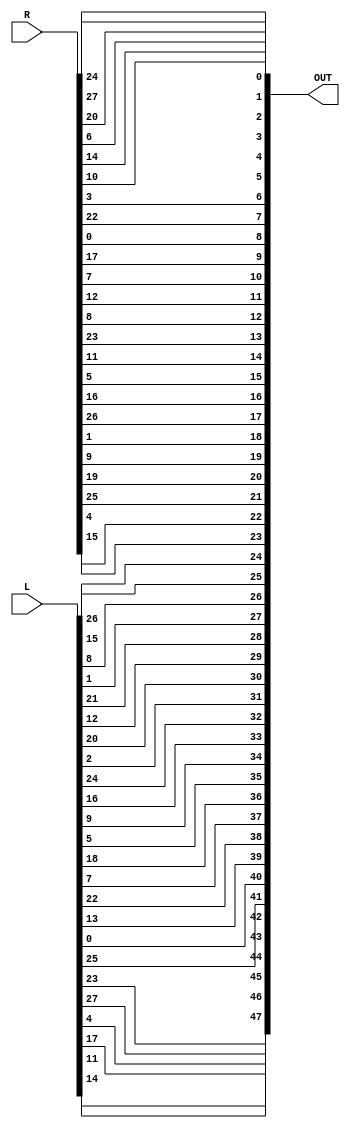
`timescale 1ns / 1ps
//////////////////////////////////////////////////////////////////////////////////
// Company: 
// Engineer: 
// 
// Design Name: 
// Module Name: Compresion_Dbox
// Project Name: 
// Target Devices: 
// Tool Versions: 
// Description: 
// 
// Dependencies: 
// 
// Revision:
// Revision 0.01 - File Created
// Additional Comments:
// 
//////////////////////////////////////////////////////////////////////////////////


module Compresion_Dbox(
    output reg [1:48] OUT,
    input [1:28] L,
    input [1:28] R
    );
    
    wire [1:56] IN = {L,R};
    
 always @(IN) 
    begin
            OUT[01] <= IN[14];
            OUT[02] <= IN[17];
            OUT[03] <= IN[11];
            OUT[04] <= IN[24];
            OUT[05] <= IN[01];
            OUT[06] <= IN[05];
            OUT[07] <= IN[03];
            OUT[08] <= IN[28];
            
            OUT[09] <= IN[15];
            OUT[10] <= IN[06];
            OUT[11] <= IN[21];
            OUT[12] <= IN[10];
            OUT[13] <= IN[23];
            OUT[14] <= IN[19];
            OUT[15] <= IN[12];
            OUT[16] <= IN[04];
            
            OUT[17] <= IN[26];
            OUT[18] <= IN[08];
            OUT[19] <= IN[16];
            OUT[20] <= IN[07];
            OUT[21] <= IN[27];
            OUT[22] <= IN[20];
            OUT[23] <= IN[13];
            OUT[24] <= IN[02];
            
            OUT[25] <= IN[41];
            OUT[26] <= IN[52];
            OUT[27] <= IN[31];
            OUT[28] <= IN[37];
            OUT[29] <= IN[47];
            OUT[30] <= IN[55];
            OUT[31] <= IN[30];
            OUT[32] <= IN[40];
            
            OUT[33] <= IN[51];
            OUT[34] <= IN[45];
            OUT[35] <= IN[33];
            OUT[36] <= IN[48];
            OUT[37] <= IN[44];
            OUT[38] <= IN[49];
            OUT[39] <= IN[39];
            OUT[40] <= IN[56];
            
            OUT[41] <= IN[34];
            OUT[42] <= IN[53];
            OUT[43] <= IN[46];
            OUT[44] <= IN[42];
            OUT[45] <= IN[50];
            OUT[46] <= IN[36];
            OUT[47] <= IN[29];
            OUT[48] <= IN[32];
   end
    
endmodule